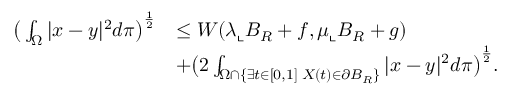
\begin{array} { r l } { \big ( \int _ { \Omega } | x - y | ^ { 2 } d \pi \big ) ^ { \frac { 1 } { 2 } } } & { \le W ( \lambda \llcorner B _ { R } + f , \mu \llcorner B _ { R } + g ) } \\ & { + \big ( 2 \int _ { \Omega \cap { \{ \exists t \in [ 0 , 1 ] \; X ( t ) \in \partial B _ { R } \} } } | x - y | ^ { 2 } d \pi \big ) ^ { \frac { 1 } { 2 } } . } \end{array}